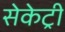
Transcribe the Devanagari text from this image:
सेकेट्री